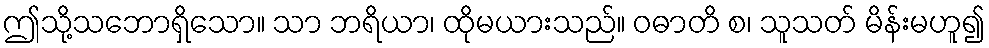
ဤသို့သဘောရှိသော။ သာ ဘရိယာ၊ ထိုမယားသည်။ ဝဓာတိ စ၊ သူသတ် မိန်းမဟူ၍